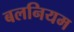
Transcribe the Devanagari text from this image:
बलनियम